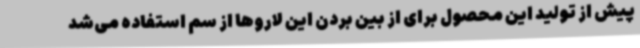
پیش از تولید این محصول برای از بین بردن این لاروها از سم استفاده می‌شد